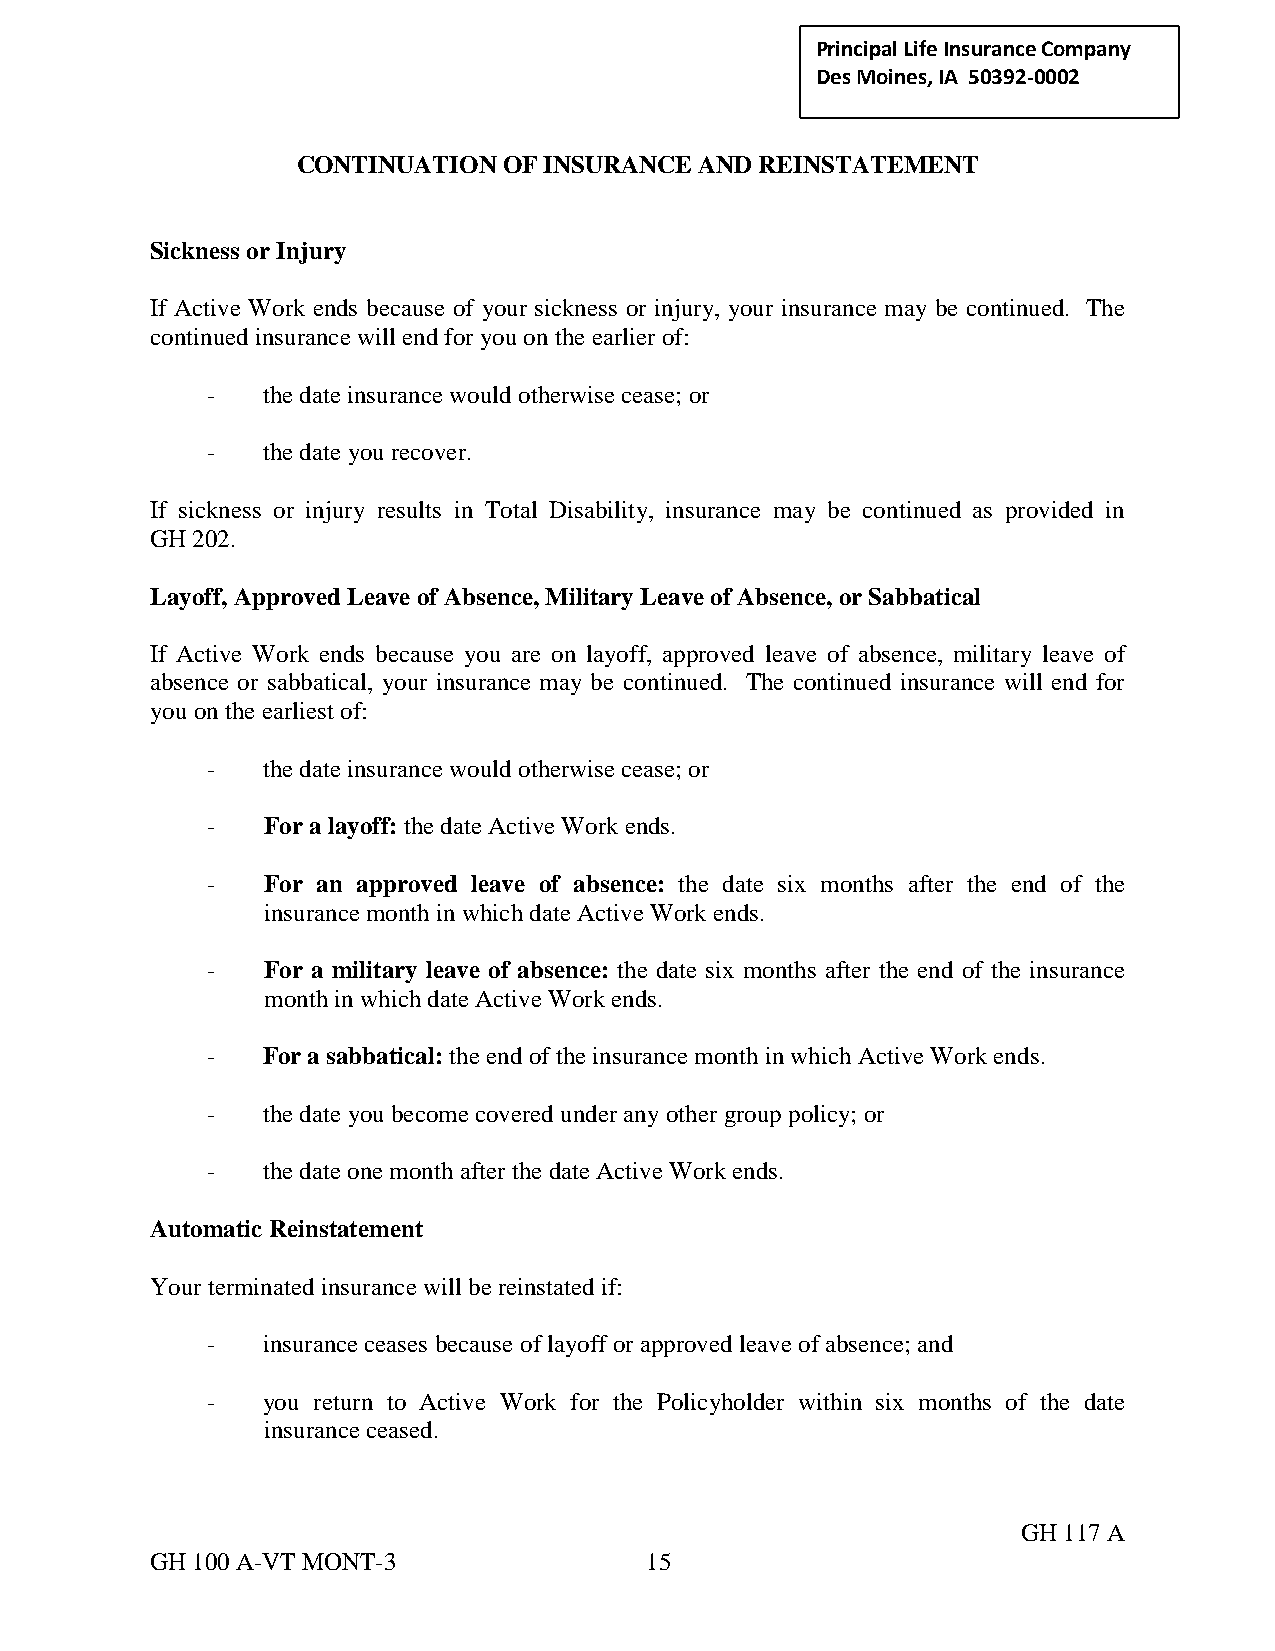
Principal Life Insurance C ompany
 Des Moines, IA 50392-0002
 CONTINUATION OF INSURANCE AND REINSTATEMENT
 Sickness or Injury
 If Active Work ends because of your sickness or injury, your insurance may be continued. The
 continued insurance will end for you on the earlier of:
 -  the date insurance would otherwise cease; or
 -  the date you recover.
 If sickness or injury results in Total Disability, insurance may be continued as provided in
 GH 202.
 Layoff, Approved Leave of Absence, Military Leave of Absence, or Sabbatical
 If Active Work ends because you are on layoff, approved leave of absence, military leave of
 absence or sabbatical, your insurance may be continued. The continued insurance will end for
 you on the earliest of:
 -  the date insurance would otherwise cease; or
 -  For a layoff: the date Active Work ends.
 -  For an approved leave of absence: the date six months after the end of the
 insurance month in which date Active Work ends.
 -  For a military leave of absence: the date six months after the end of the insurance
 month in which date Active Work ends.
 -  For a sabbatical: the end of the insurance month in which Active Work ends.
 -  the date you become covered under any other group policy; or
 -  the date one month after the date Active Work ends.
 Automatic Reinstatement
 Your terminated insurance will be reinstated if:
 -  insurance ceases because of layoff or approved leave of absence; and
 -  you return to Active Work for the Policyholder within six months of the date
 insurance ceased.
 GH 117 A
 GH 100 A-VT MONT-3               15